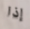
إذا